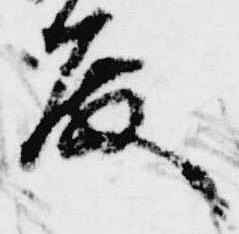
殿